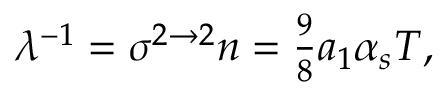
\lambda ^ { - 1 } = \sigma ^ { 2 \to 2 } n = { \textstyle { \frac { 9 } { 8 } } } a _ { 1 } \alpha _ { s } T ,